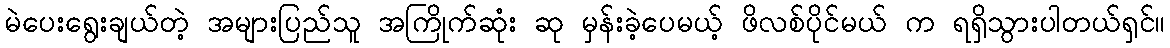
မဲပေးရွေးချယ်တဲ့ အများပြည်သူ အကြိုက်ဆုံး ဆု မှန်းခဲ့ပေမယ့် ဖိလစ်ပိုင်မယ် က ရရှိသွားပါတယ်ရှင်။